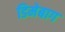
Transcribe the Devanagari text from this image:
डिमेबाग